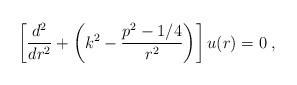
LaTeX: \begin{align*}\left[\frac{d^{2}}{dr^{2}}+\left( k^{2} -\frac{ p^{2} - 1/4 }{r^{2}}\right)\right]u (r)= 0\; ,\end{align*}